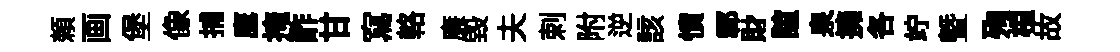
頼画堡像捕鷹掩酢甘寫輅廉毀夫剌附逆該憤鄣財誼泉擁各竚暨殉桓故